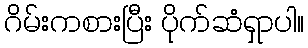
ဂိမ်းကစားပြီး ပိုက်ဆံရှာပါ။